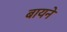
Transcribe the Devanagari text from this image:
बायने